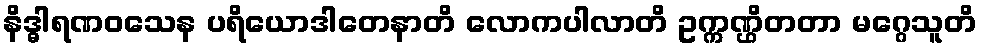
နိဒ္ဓါရဏဝသေန ပရိယောဒါတေနာတိ လောကပါလာတိ ဥက္ကဏ္ဌိတတာ မဂ္ဂေသူတိ